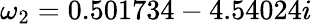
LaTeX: \omega_{2}=0.501734-4.54024i